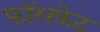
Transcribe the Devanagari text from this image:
फ़ॉसफ़ेट